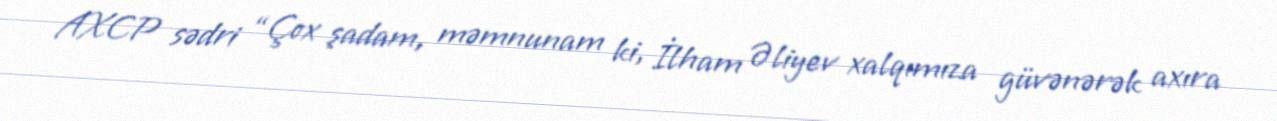
AXCP sədri “Çox şadam, məmnunam ki, İlham Əliyev xalqımıza güvənərək axıra